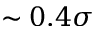
\sim 0 . 4 \sigma